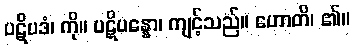
ပဋိပဒံ၊ ကို။ ပဋိပန္နော၊ ကျင့်သည်။ ဟောတိ၊ ၏။